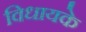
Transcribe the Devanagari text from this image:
विधायके